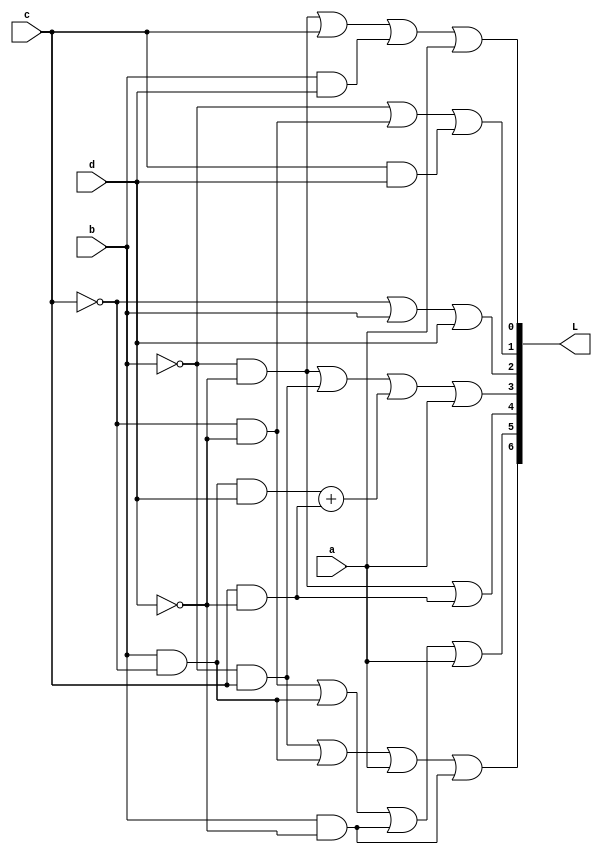
module Segment_decoder(L,a,b,c,d); 
input a,b,c,d;
output [6:0]L;
	assign	L[0] = (~b & ~d) | c | (b & d) | a,
				L[1] = ~b | (~c & ~ d) | (c & d),
				L[2] = ~c | b | d,
				L[3] = (~b & ~d) | (~b & c) | (b & ~c & d) + (c & ~d) | a,
				L[4] = (~b & ~d) | (c & ~d),
				L[5] = (~c & ~d) | (b & ~c) | (b & ~d) | a,
				L[6] = (~b & c) | (b & ~c) | a | (b & ~d);
endmodule